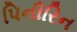
પિનીરિન